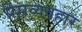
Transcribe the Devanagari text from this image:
प्रेमव्यवहार